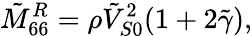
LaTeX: \tilde{M}_{66}^{R}=\rho\tilde{V}_{S0}^{2}(1+2\tilde{\gamma}),